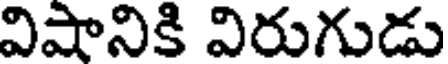
విషానికి విరుగుడు